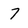
Character: 7